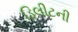
ડિલીટની